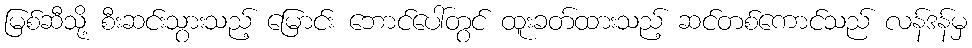
မြစ်ဆီသို့ စီးဆင်းသွားသည့် မြောင်း ဘောင်ပေါ်တွင် ထူးခတ်ထားသည့် ဆင်တစ်ကောင်သည် လန်ဒန်မှ